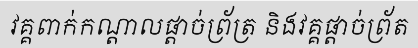
វគ្គពាក់កណ្តាលផ្តាច់ព្រ័ត្រ និងវគ្គផ្តាច់ព្រ័ត